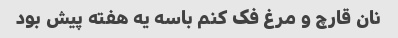
نان قارچ و مرغ فک کنم باسه یه هفته پیش بود